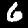
Label: 6